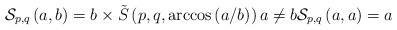
LaTeX: \begin{align*}\mathcal{S}_{p,q}\left( a,b\right) =b\times \tilde{S}\left( p,q,\arccos\left( a/b\right) \right) a\neq b\mathcal{S}_{p,q}\left( a,a\right) =a \end{align*}